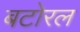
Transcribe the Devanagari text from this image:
बटोरल